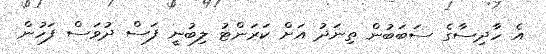
އެ ހާދިސާގެ ސަބަބުން ތިނަދު އަށް ކަރަންޓު ލިބުނީ ފަސް ދުވަސް ފަހުން